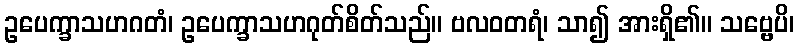
ဥပေက္ခာသဟဂတံ၊ ဥပေက္ခာသဟဂုတ်စိတ်သည်။ ဗလဝတရံ၊ သာ၍ အားရှိ၏။ သဗ္ဗေပိ၊